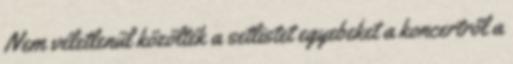
Nem véletlenül közölték a setlistet egyebeket a koncertről a